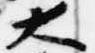
大